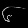
Digit: ၆